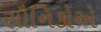
સૌનિકોએ